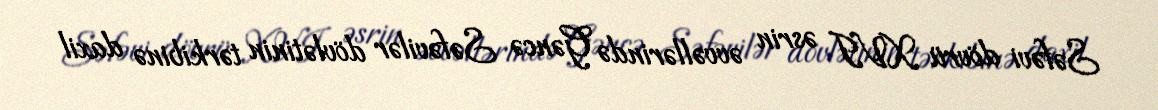
Səfəvi dövrü XVI əsrin əvvəllərində Gəncə Səfəvilər dövlətinin tərkibinə daxil